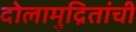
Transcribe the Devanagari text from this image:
दोलामुद्रितांची